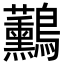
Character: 𪈧